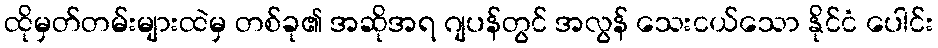
ထိုမှတ်တမ်းများထဲမှ တစ်ခု၏ အဆိုအရ ဂျပန်တွင် အလွန် သေးငယ်သော နိုင်ငံ ပေါင်း